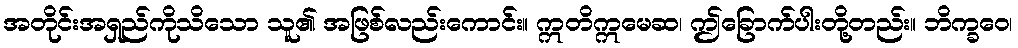
အတိုင်းအရှည်ကိုသိသော သူ၏ အဖြစ်လည်းကောင်း။ ဣတိဣမေဆ၊ ဤခြောက်ပါးတို့တည်း။ ဘိက္ခဝေ၊